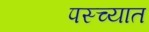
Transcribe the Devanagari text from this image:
पस्च्यात